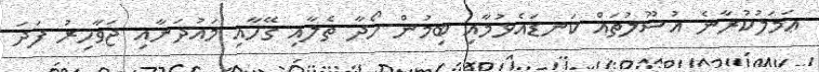
ޢަމަލުކުރާނެ އުސޫލުތައް ކަނޑައެޅުމާއި ބިމުން ހޯދާ ތެލާއި ގޭހާއި މައުދަނާއި ޖަވާހިރު ފަދަ